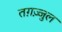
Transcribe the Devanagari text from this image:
तग़ज़्जुल